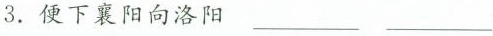
3.便下襄阳向洛阳___ ___